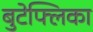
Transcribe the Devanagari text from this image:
बुटेफ्लिका